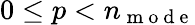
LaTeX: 0\le p<n_{\mathrm{~m~o~d~e~}}